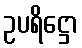
ဥပရိဋ္ဌော